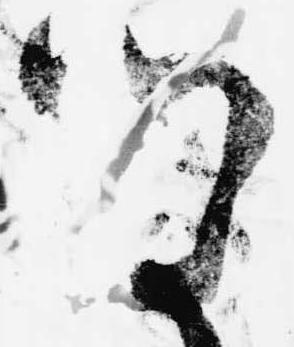
明